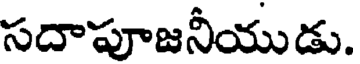
సదాపూజనీయుడు.